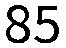
85